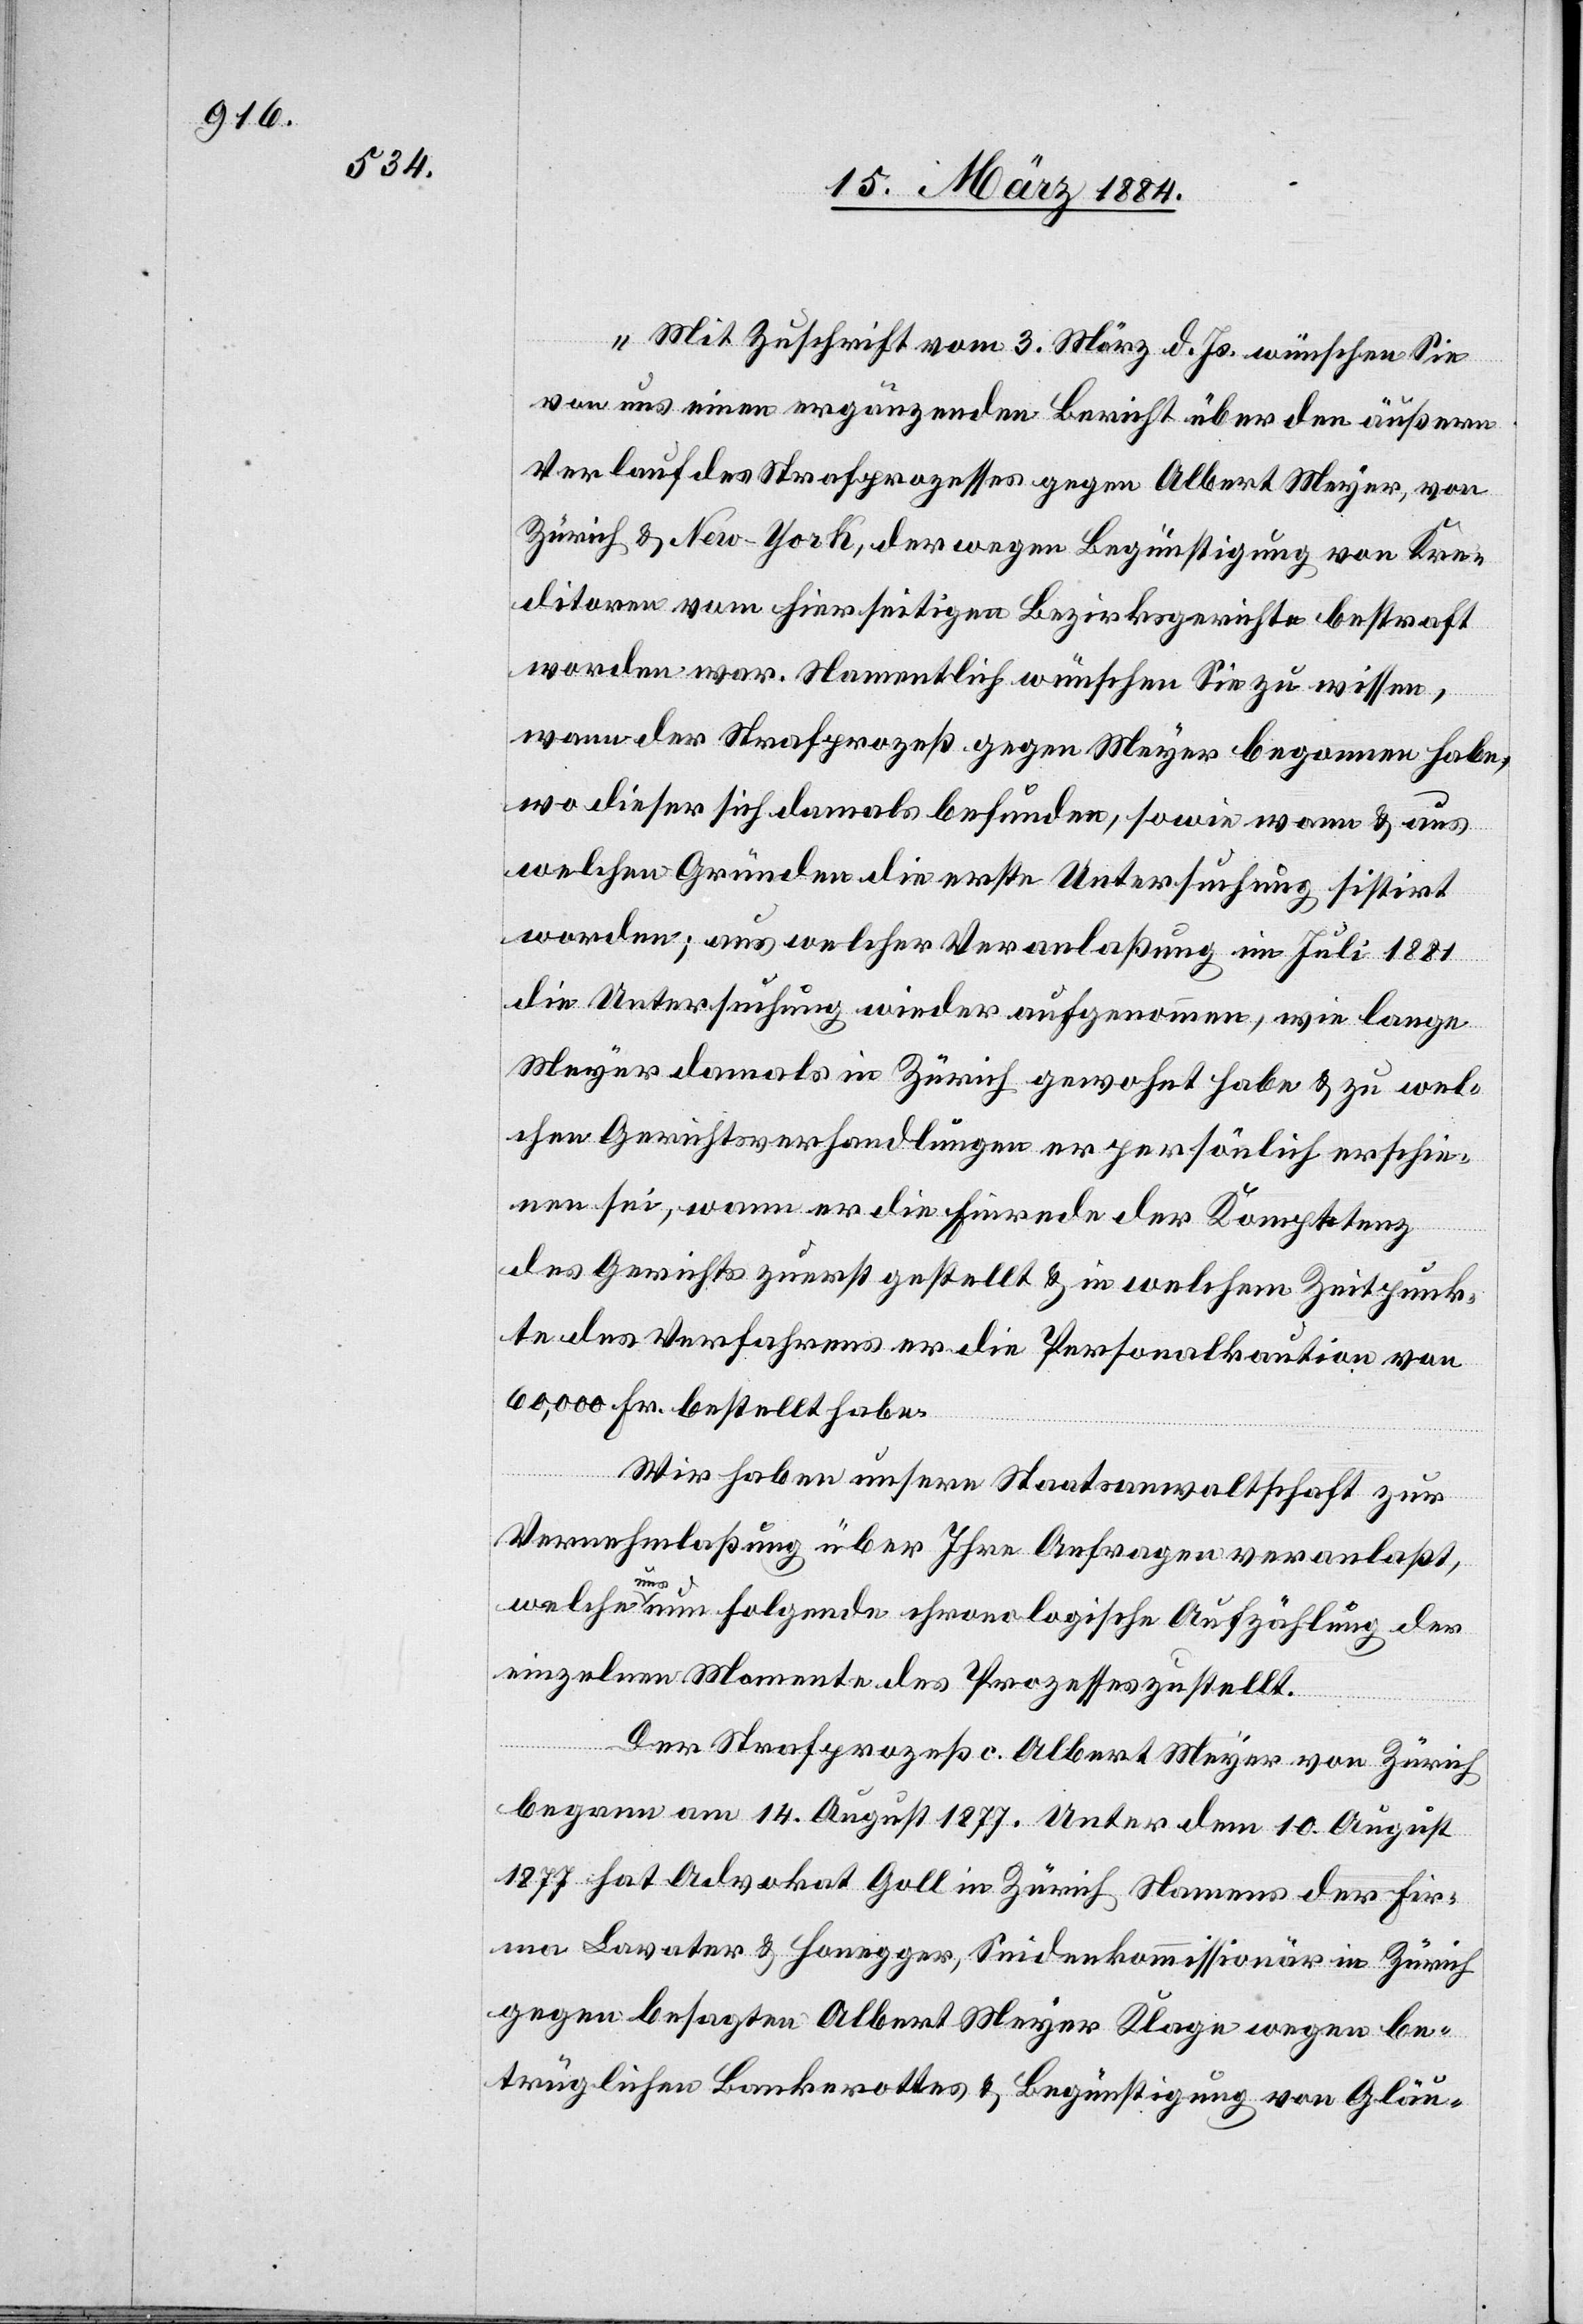
„Mit Zuschrift vom 3. März d. Js. wünschen Sie
von uns einen ergänzenden Bericht über den äußeren
Verlauf des Strafprozesses gegen Albert Meyer, von
Zürich & New-York, der wegen Begünstigung von Kre¬
ditoren vom hierseitigen Bezirksgerichte bestraft
worden war. Namentlich wünschen Sie zu wissen,
wann der Strafprozeß gegen Meyer begonnen habe,
wo dieser sich damals befunden, sowie wann & aus
welchen Gründen die erste Untersuchung sistirt
worden; aus welcher Veranlaßung im Juli 1881
die Untersuchung wieder aufgenommen, wie lange
Meyer damals in Zürich gewohnt habe & zu wel¬
chen Gerichtsverhandlungen er persönlich erschie¬
nen sei, wann er die Einrede der Kompetenz
des Gerichts zuerst gestellt & in welchem Zeitpunk¬
te des Verfahrens er die Personalkaution von
60,000 Fr. gestellt habe.
Wir haben unsere Staatsanwaltschaft zur
Vernehmlaßung über Ihre Anfragen veranlaßt,
welche uns nun folgende chronologische Aufzählung der
einzelnen Momente des Prozesses zustellt.
Der Strafprozeß c. Albert Meyer von Zürich
begann am 14. August 1877. Unter dem 10. August
1877 hat Advokat Goll in Zürich Namens der Fir¬
ma Lavater & Honegger, Seidenkommissionär in Zürich
gegen besagten Albert Meyer Klage wegen be¬
trüglichen Bankerottes & Begünstigung von Gläu-